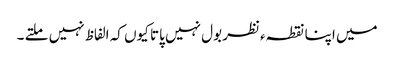
میں اپنا نقطہءنظر بول نہیں پاتا کیوں کہ الفاظ نہیں ملتے ۔